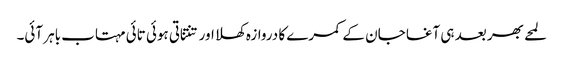
لمحے بھر بعد ہی آغا جان کے کمرے کا دروازہ کھلا اور تنتناتی ہوئی تائی مہتاب باہر آئی۔